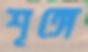
শৃঙ্গে